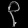
Digit: ၃